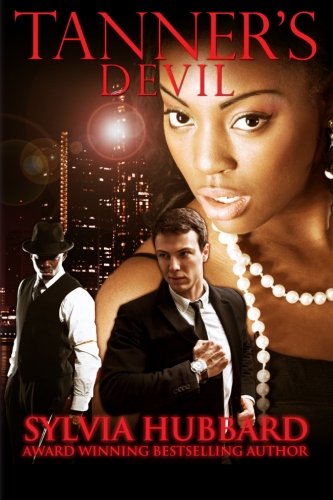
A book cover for Tanner's Devil; Sylvia Hubbard; Romance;